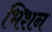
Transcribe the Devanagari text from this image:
भिशन